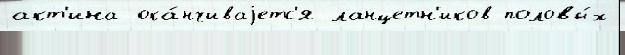
акт'ина ока́нчиваjетс'я ланцетн'иков половы́х